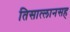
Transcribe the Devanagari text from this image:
तिसात्लानसह